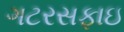
ગટરસફાઇ